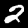
Label: 2